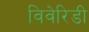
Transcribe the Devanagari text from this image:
विवेरिडी